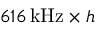
6 1 6 \, \mathrm { k H z } \times h